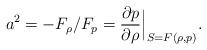
LaTeX: \begin{align*}a^2=-F_\rho/F_p = \frac{\partial p}{\partial\rho}\Big|_{S=F(\rho,p)} . \end{align*}